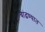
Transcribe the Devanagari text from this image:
बांढण्यात